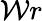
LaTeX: \mathcal{W}r